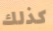
كذلك